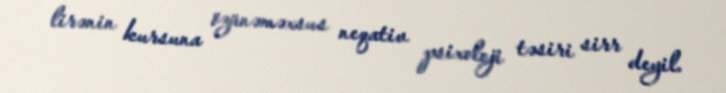
lirənin kursuna özünəməxsus neqativ psixoloji təsiri sirr deyil.